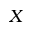
X